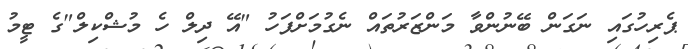
ޕެރިހުގައި ނަގަން ބޭނުންވާ މަންޒަރުތައް ނެގުމަށްފަހު "އޭ ދިލް ހެ މުޝްކިލް"ގެ ޓީމު